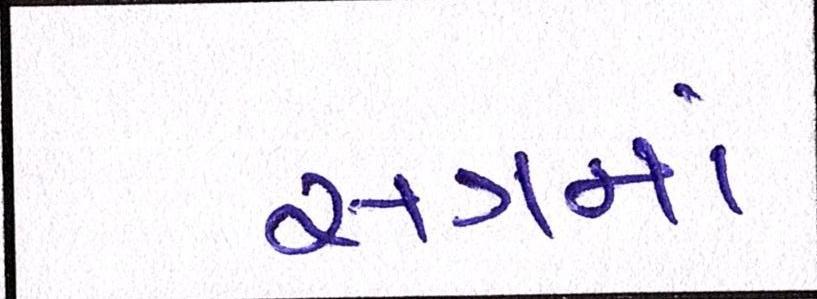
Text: સત્રમાં